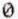
0